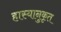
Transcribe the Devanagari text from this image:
हास्यानुकृत